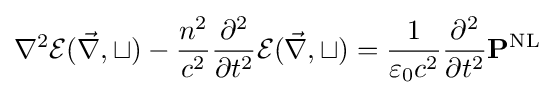
\nabla ^{2}{\cal {E({\vec {r}},t)}}-{\frac {n^{2}}{c^{2}}}{\frac {\partial ^{2}}{\partial t^{2}}}{\cal {E({\vec {r}},t)}}={\frac {1}{\varepsilon _{0}c^{2}}}{\frac {\partial ^{2}}{\partial t^{2}}}\mathbf {P} ^{\text{NL}}